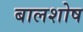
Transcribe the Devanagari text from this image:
बालशोष